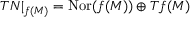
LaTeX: T N | _ { f ( M ) } = \operatorname { N o r } ( f ( M ) ) \oplus T f ( M )